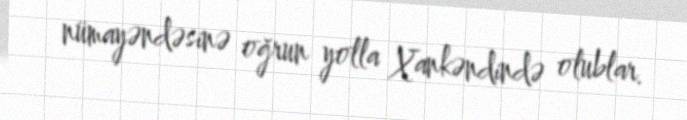
nümayəndəsinə oğrun yolla Xankəndində olublar.